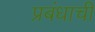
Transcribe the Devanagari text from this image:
प्रबंधाची